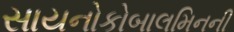
સાયનોકોબાલમિનની